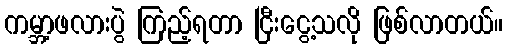
ကမ္ဘာ့ဖလားပွဲ ကြည့်ရတာ ငြီးငွေ့သလို ဖြစ်လာတယ်။